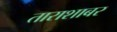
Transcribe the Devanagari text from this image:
ताराशाबर